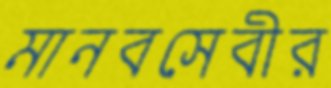
মানবসেবীর